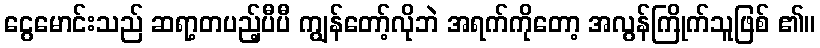
ငွေမောင်းသည် ဆရာ့တပည့်ပီပီ ကျွန်တော့်လိုဘဲ အရက်ကိုတော့ အလွန်ကြိုက်သူဖြစ် ၏။